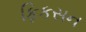
ફિકસન